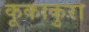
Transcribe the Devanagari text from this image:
कूकाकुरा